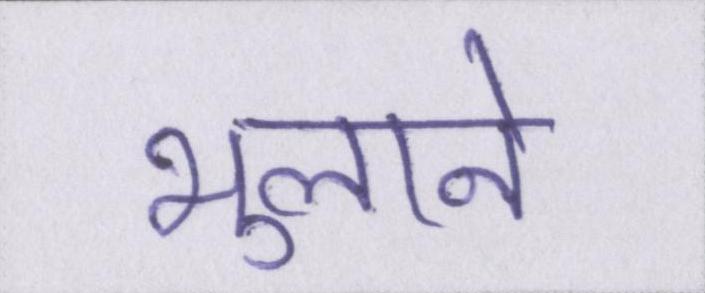
भुलाने